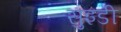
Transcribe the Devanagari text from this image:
सुइडी